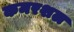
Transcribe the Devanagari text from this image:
कमरशल